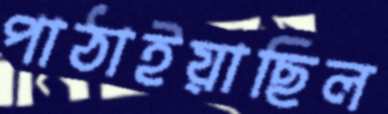
পাঠাইয়াছিল